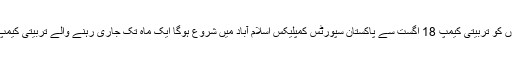
ایونٹس میں قومی ٹیم کے انتخاب کیلئے پاکستانی کھلاڑیوں کو تربیتی کیمپ 18 اگست سے پاکستان سپورٹس کمپلیکس اسلام آباد میں شروع ہوگا ایک ماہ تک جاری رہنے والے تربیتی کیمپ میں 20 مرد اور خواتین کھلاڑیوں کو مدعو کیا گیا ہے۔